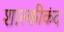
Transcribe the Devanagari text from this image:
शाल्कीकंद